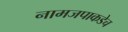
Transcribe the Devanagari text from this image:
नामजपाकडेच